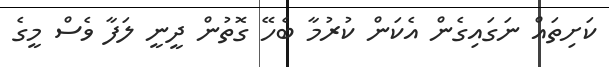
ކަށިތައް ނަގައިގެން އެކަން ކުރުމާ ބެހޭ ގޮތުން ދީނީ ލަފާ ވެސް މީގެ